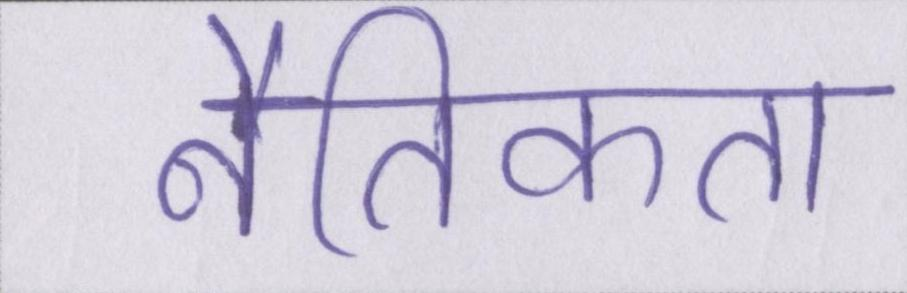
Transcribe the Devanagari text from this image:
नैतिकता